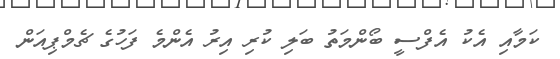
ކަމާއި އެކު އެފްސީ ބޯންމަތު ބަލި ކުރި އިރު އެންމެ ފަހުގެ ޗެމްޕިއަން